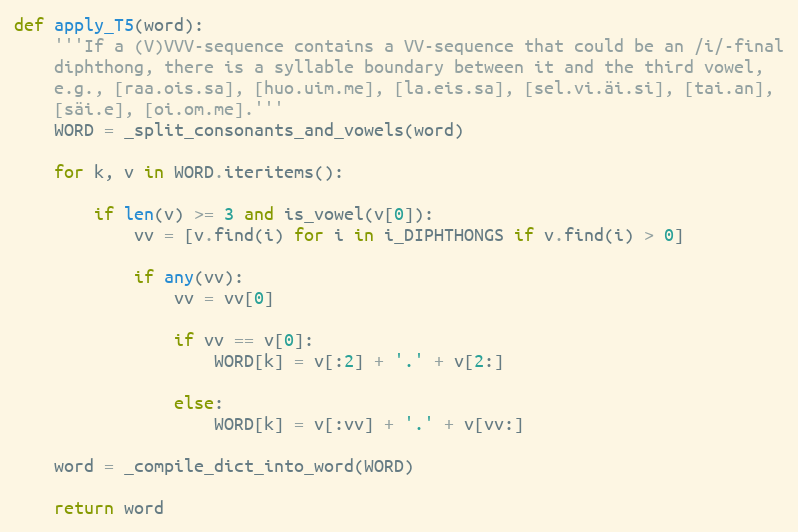
Language: Python
def apply_T5(word):
    '''If a (V)VVV-sequence contains a VV-sequence that could be an /i/-final
    diphthong, there is a syllable boundary between it and the third vowel,
    e.g., [raa.ois.sa], [huo.uim.me], [la.eis.sa], [sel.vi.äi.si], [tai.an],
    [säi.e], [oi.om.me].'''
    WORD = _split_consonants_and_vowels(word)

    for k, v in WORD.iteritems():

        if len(v) >= 3 and is_vowel(v[0]):
            vv = [v.find(i) for i in i_DIPHTHONGS if v.find(i) > 0]

            if any(vv):
                vv = vv[0]

                if vv == v[0]:
                    WORD[k] = v[:2] + '.' + v[2:]

                else:
                    WORD[k] = v[:vv] + '.' + v[vv:]

    word = _compile_dict_into_word(WORD)

    return word